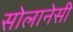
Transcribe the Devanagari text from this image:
सोलानेसी